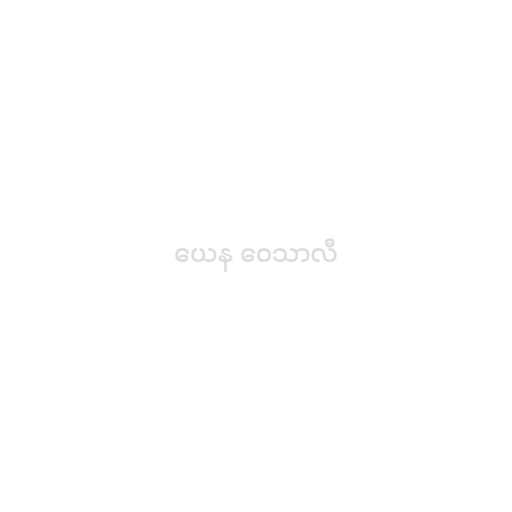
ယေန ဝေသာလီ